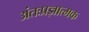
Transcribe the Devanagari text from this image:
अंतःप्रज्ञात्मक